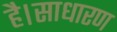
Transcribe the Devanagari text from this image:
है।साधारण